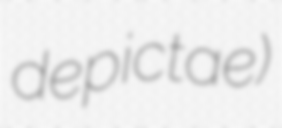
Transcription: depictae)